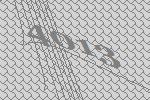
4013